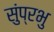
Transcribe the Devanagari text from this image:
सुंप्रभु